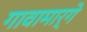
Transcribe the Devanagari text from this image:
गावामार्गे